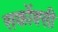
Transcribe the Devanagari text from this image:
सर्कोक्सी